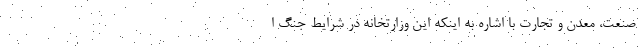
صنعت، معدن و تجارت با اشاره به اینکه این وزارتخانه در شرایط جنگ ا